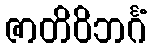
ဇာတိဝိဘင်္ဂံ